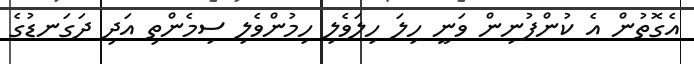
އެގޮތުން އެ ކުންފުނިން ވަނީ ހިލަ ހިލަވެލި ހިމުންވެލި ސިމެންތި އަދި ދަގަނޑުގެ